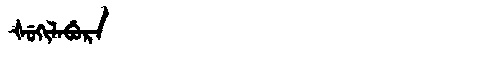
Manchu: ᡧᡠᡴᡳᠯᠠᠪᡠᡵᠠ
Romanization: ŠUKILABURA